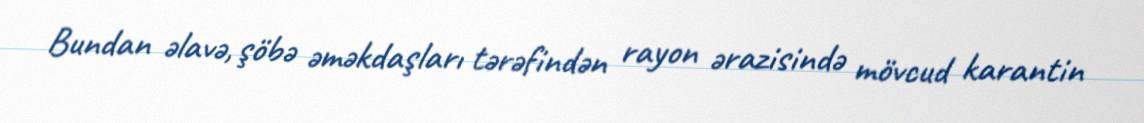
Bundan əlavə, şöbə əməkdaşları tərəfindən rayon ərazisində mövcud karantin